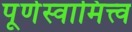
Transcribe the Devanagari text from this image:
पूर्णस्वामित्त्व